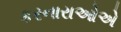
કરનારાઓએ